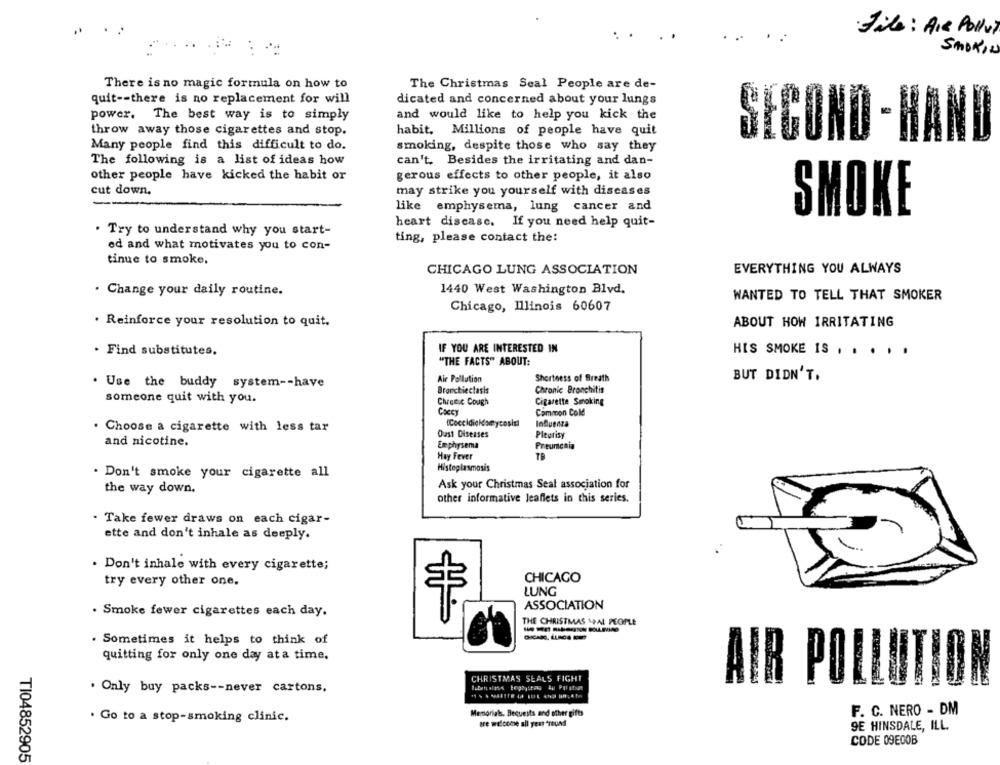
·File : Air Pollut
SMOKIN
There is no magic formula on how to
The Christmas Seal People are de-
quit -- there is no replacement for will
dicated and concerned about your lungs
power, The best way is to simply
and would like to help you kick the
throw away those cigarettes and stop.
habit, Millions of people have quit
SECOND - H
Many people find this difficult to do.
smoking, despite those who say they
The following is a list of ideas how
can't. Besides the irritating and dan-
other people have kicked the habit or
gerous effects to other people, it also
cut down.
may strike you yourself with diseases
like emphysema, lung cancer and
SMOKE
heart disease. If you need help quit-
. Try to understand why you start-
ting, please contact the:
ed and what motivates you to con-
tinue to smoke,
EVERYTHING YOU ALWAYS
CHICAGO LUNG ASSOCIATION
1440 West Washington Blvd.
. Change your daily routine.
WANTED TO TELL THAT SMOKER
Chicago, Illinois 60607
. Reinforce your resolution to quit.
ABOUT HOW IRRITATING
. Find substitutes.
IF YOU ARE INTERESTED IN
HIS SMOKE IS . . . . .
"THE FACTS" ABOUT:
Air Pollution
Shortness of Breath
BUT DIDN'T.
. Use the buddy system -- have
Bronchieclasis
Chronic Bronchitis
someone quit with you.
Chronic Cough
Cigarette Smoking
Coccy
Common Cold
. Choose a cigarette with less tar
InQuenza
Oust Diseases
Pleurisy
and nicotine.
Emphysema
Preumenia
Hay Fever
TR
Histoplasmosis
Don't smoke your cigarette all
the way down.
Ask your Christmas Seal association for
other informative leaflets in this series.
- Take fewer draws on each cigar-
ette and don't inhale as deeply.
. Don't inhale with every cigarette;
try every other one,
CHICAGO
LUNG
ASSOCIATION
· Smoke fewer cigarettes each day.
THE CHRISTMAS \AL PEOPLE
. Sometimes it helps to think of
quitting for only one day at a time.
CHRISTMAS SEALS FIGHT
. Only buy packs -- never cartons.
AIR POLLUTION
F. C. NERO - DM
. Go to a stop-smoking clinic.
Memorials, Bequests and other gifts
are welcome all year "round
9E HINSDALE, ILL.
CODE 09ECOB
TI04852905